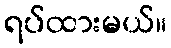
ရပ်ထားမယ်။